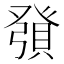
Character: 𧶢